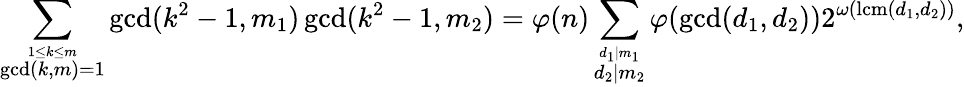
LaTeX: \sum_{\stackrel{1\leq k\leq m}{\operatorname*{gcd}(k,m)=1}}\operatorname*{gcd}(k^{2}-1,m_{1})\operatorname*{gcd}(k^{2}-1,m_{2})=\varphi(n)\sum_{\stackrel{d_{1}\mid m_{1}}{d_{2}\mid m_{2}}}\varphi(\operatorname*{gcd}(d_{1},d_{2}))2^{\omega(\operatorname{lcm}(d_{1},d_{2}))},